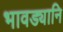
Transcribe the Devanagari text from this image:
भावड्यानि